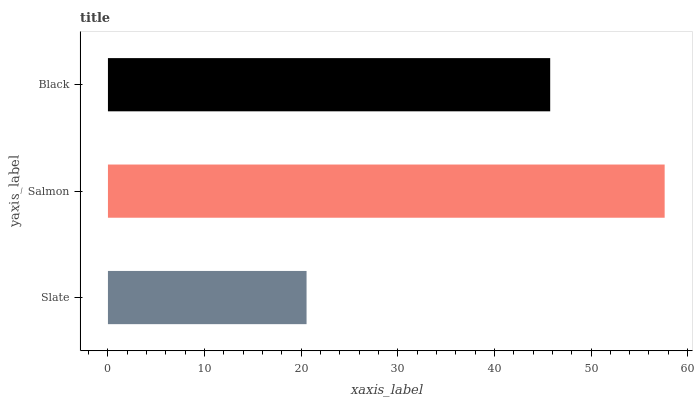
| yaxis_label | bars |
 | --- | --- |
 | Slate | 20.6 |
 | Salmon | 57.6 |
 | Black | 45.8 |